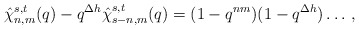
\begin{align*}\hat{\chi}_{n,m}^{s,t}(q) - q^{\Delta h} \hat{\chi}_{s-n,m}^{s,t}(q) = (1-q^{nm})(1-q^{\Delta h}) \ldots \,, \end{align*}